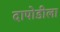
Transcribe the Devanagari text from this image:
दापोडीला